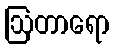
ဩတာရော